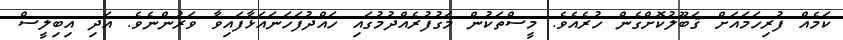
ކަމެއް ފުރިހަމައަށް ޤަބޫލުކޮށްގެން ހުރެއެވެ. މީސްތަކުން މަގުފުރެއްދުމުގައި ހައްދުފަހަނައަޅާފައިވާ ވަރުންނެވެ. އަދި އިބިލީސް